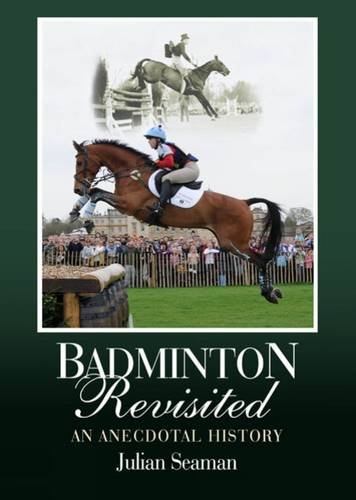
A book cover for Badminton Revisited: An Anecdotal History; Julian Seaman; Sports & Outdoors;